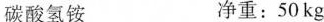
碳酸氢铵 净重：50kg